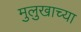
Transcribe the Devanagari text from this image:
मुलुखाच्या